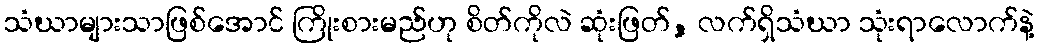
သံဃာများသာဖြစ်အောင် ကြိုးစားမည်ဟု စိတ်ကိုလဲ ဆုံးဖြတ်, လက်ရှိသံဃာ သုံးရာလောက်နဲ့